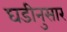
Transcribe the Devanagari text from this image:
घडीनुसार